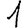
Digit: 1